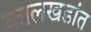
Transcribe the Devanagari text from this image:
कालखडांत